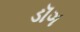
ડૉગ